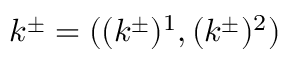
k ^ { \pm } = ( ( k ^ { \pm } ) ^ { 1 } , ( k ^ { \pm } ) ^ { 2 } )